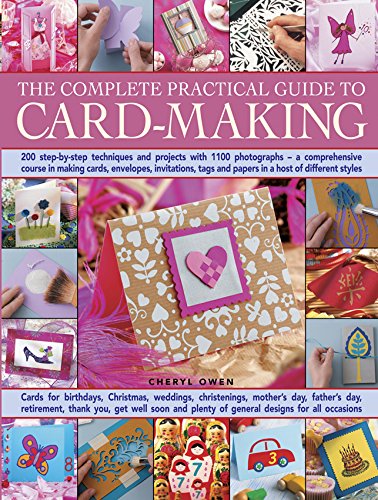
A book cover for The Complete Practical Guide to Card-Making: 200 Step-By-Step Techniques And Projects With 1100 Photographs - A Comprehensive Course In Making Cards, ... Tags And Papers In A Host Of Different Styles; Cheryl Owen; Crafts, Hobbies & Home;